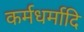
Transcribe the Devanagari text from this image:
कर्मधर्मादि